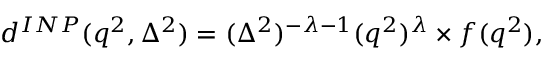
d ^ { I N P } ( q ^ { 2 } , \Delta ^ { 2 } ) = ( \Delta ^ { 2 } ) ^ { - \lambda - 1 } ( q ^ { 2 } ) ^ { \lambda } \times f ( q ^ { 2 } ) ,